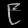
Digit: ၉